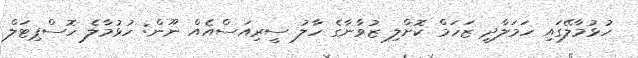
ހުޅުމާލޭގައި ހަމަލާދީ ޒަހަމް ކޮށްލި ޒުވާނާގެ ހާލު ސީރިއަސްއެއް ނޫން: ހުޅުމާލެ ހޮސްޕިޓަލް